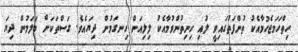
ހިތްހަމަޖެހުމާއެކު ތުންފަތުގައިވީ ލުއި ހިނިތުންވުމާއެކު ލިލިއަން ހިނގަމުން ދިޔައެވެ. ގަސްތަކަށް ބަލަމުން ދިޔަ